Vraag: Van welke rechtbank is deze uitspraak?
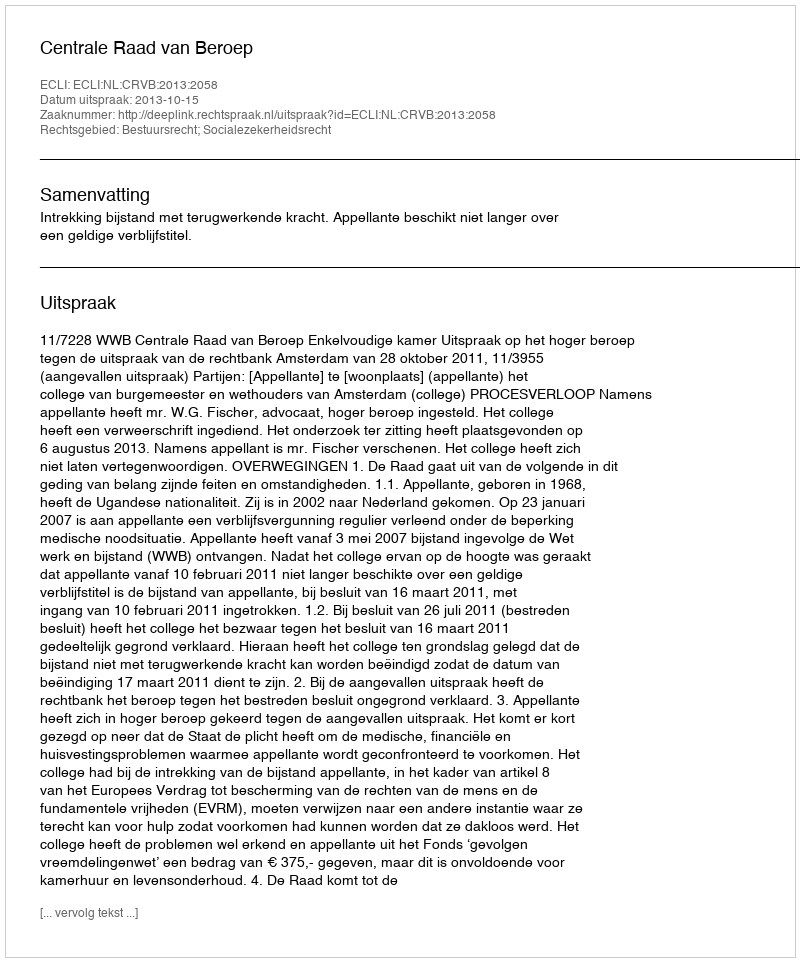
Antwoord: Centrale Raad van Beroep